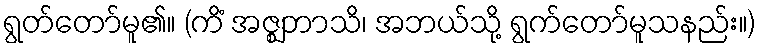
ရွတ်တော်မူ၏။ (ကိံ အဇ္ဈဘာသိ၊ အဘယ်သို့ ရွက်တော်မူသနည်း။)